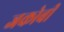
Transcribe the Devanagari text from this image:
जकोबी